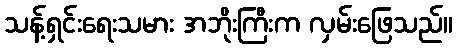
သန့်ရှင်းရေးသမား အဘိုးကြီးက လှမ်းဖြေသည်။